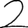
Digit: 2